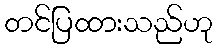
တင်ပြထားသည်ဟု